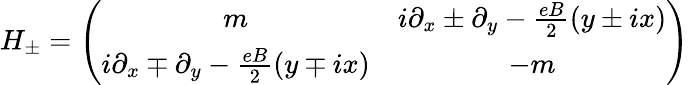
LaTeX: H_{\pm}=\left(\begin{array}{cc}{{m}}&{{i\partial_{x}\pm\partial_{y}-\frac{eB}{2}(y\pm ix)}}\\ {{i\partial_{x}\mp\partial_{y}-\frac{eB}{2}(y\mp ix)}}&{{-m}}\end{array}\right)